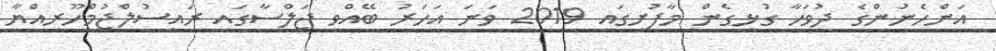
އަންހެނުންގެ ދުވަހާ ގުޅިގެން މާފުށީގައި 2019 ވަނަ އަހަރު ބޭއްވި ޖަލްސާގައި ރައީސުލްޖުމްހޫރިއްޔާ